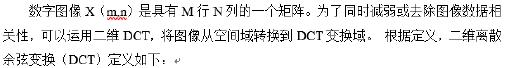
数字图像 $\mathbf{X}_{(M,N)}$ 是具有 $M$ 行 $N$ 列的一个矩阵。为了同时减弱或去除图像数据中存在的高频噪声和干扰，以及对图像数据进行压缩，可以运用二维 DCT，将图像从空间域转换到 DCT 变换域。根据定义，二维离散余弦变换（DCT）如下：